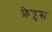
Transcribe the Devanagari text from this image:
फ़ेद्रुस